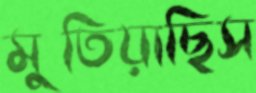
মুতিয়াছিস